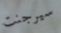
سيرجنت